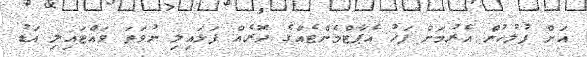
އަށް ފުލުހުން އެރުމަށް ފަހު އެޕާޓްމެންޓެއްގެ ދޮރެއް ފަޅައިލި ނުވަތަ ވައްޓައިލި އަޑު